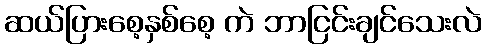
ဆယ်ပြားစေ့နှစ်စေ့ ကဲ ဘာငြင်းချင်သေးလဲ